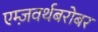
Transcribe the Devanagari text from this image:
एम्ज़वर्थबरोबर